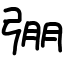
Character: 弸